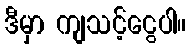
ဒီမှာ ကျသင့်ငွေပါ။